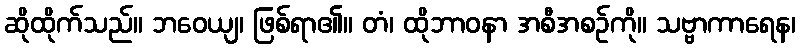
ဆိုထိုက်သည်။ ဘဝေယျ၊ ဖြစ်ရာ၏။ တံ၊ ထိုဘာဝနာ အစီအစဉ်ကို။ သဗ္ဗာကာရေန၊